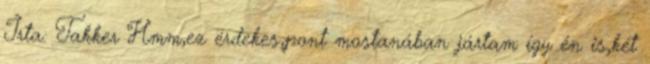
Írta: Takker Hmm,ez érdekes,pont mostanában jártam így én is,két